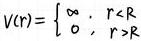
$V(r)= \begin{cases} \infty, & r < R \\ 0, & r \geq R \end{cases}$